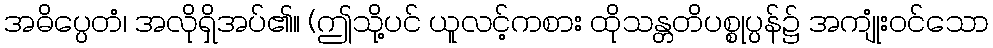
အဓိပ္ပေတံ၊ အလိုရှိအပ်၏။ (ဤသို့ပင် ယူလင့်ကစား ထိုသန္တတိပစ္စုပ္ပန်၌ အကျုံးဝင်သော